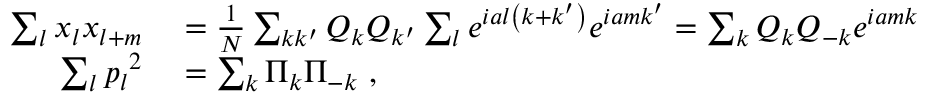
\begin{array} { r l } { \sum _ { l } x _ { l } x _ { l + m } } & { { } = { \frac { 1 } { N } } \sum _ { k k ^ { \prime } } Q _ { k } Q _ { k ^ { \prime } } \sum _ { l } e ^ { i a l \left( k + k ^ { \prime } \right) } e ^ { i a m k ^ { \prime } } = \sum _ { k } Q _ { k } Q _ { - k } e ^ { i a m k } } \\ { \sum _ { l } { p _ { l } } ^ { 2 } } & { { } = \sum _ { k } \Pi _ { k } \Pi _ { - k } ~ , } \end{array}